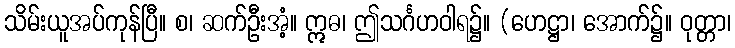
သိမ်းယူအပ်ကုန်ပြီ။ စ၊ ဆက်ဦးအံ့။ ဣဓ၊ ဤသင်္ဂဟဝါရ၌။ (ဟေဋ္ဌာ၊ အောက်၌။ ဝုတ္တာ၊